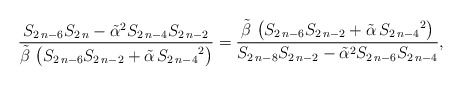
\begin{align*} {\frac {S_{{2\,n-6}}S_{{2\,n}}-{\tilde\alpha}^{2}S_{{2\,n-4}}S_{{2\,n-2}}}{\tilde\beta\, \left( S_{{2\,n-6}}S_{{2\,n-2}}+\tilde\alpha\,{S_{{2\,n-4}}}^{2} \right) }}={\frac {\tilde\beta\, \left( S_{{2\,n-6}}S_{{2\,n-2}}+\tilde\alpha\,{S_{{2\,n-4}}}^{2} \right) }{S_{{2\,n-8}}S_{{2\,n-2}}-{\tilde\alpha}^{2}S_{{2\,n-6}}S_{{2\,n-4}}}},\end{align*}